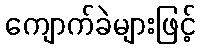
ကျောက်ခဲများဖြင့်